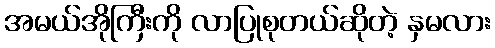
အမယ်အိုကြီးကို လာပြုစုတယ်ဆိုတဲ့ နှမလား